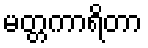
မတ္တကာရိတာ